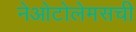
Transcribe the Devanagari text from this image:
नेओटोलेमसची